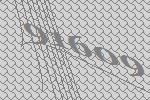
91609